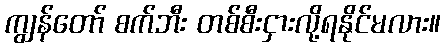
ကျွန်တော် စက်ဘီး တစ်စီးငှားလို့ရနိုင်မလား။